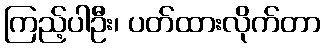
ကြည့်ပါဦး၊ ပတ်ထားလိုက်တာ